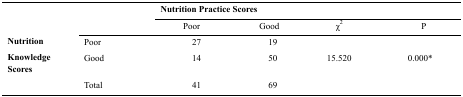
<table><thead><tr><td rowspan="3" colspan="2"></td><td colspan="2"><b>Nutrition Practice Scores</b></td><td colspan="2"></td></tr><tr><td><b>Poor</b></td><td><b>Good</b></td><td><b>χ<sup>2</sup></b></td><td><b>P</b></td></tr></thead><tbody><tr><td rowspan="3"><b>Nutrition Knowledge Scores</b></td><td>Poor</td><td>27</td><td>19</td><td rowspan="3">15.520</td><td rowspan="3">0.000*</td></tr><tr><td>Good</td><td>14</td><td>50</td></tr><tr><td>Total</td><td>41</td><td>69</td></tr></tbody></table>